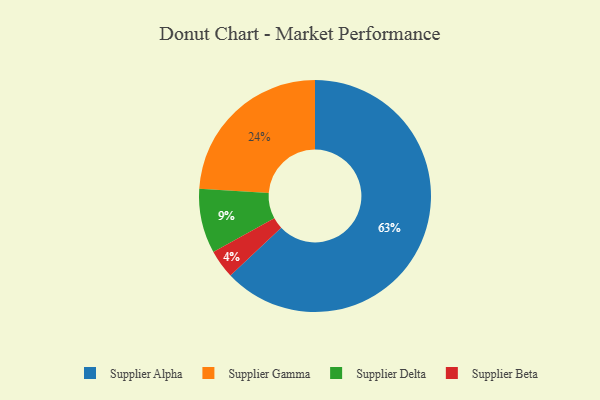
{"axis": {"x": "Category", "y": "Percentage"}, "legend": ["Supplier Alpha", "Supplier Beta", "Supplier Delta", "Supplier Gamma"], "data": [{"x": "Supplier Gamma", "y": 24, "type": "Supplier Gamma"}, {"x": "Supplier Delta", "y": 9, "type": "Supplier Delta"}, {"x": "Supplier Alpha", "y": 63, "type": "Supplier Alpha"}, {"x": "Supplier Beta", "y": 4, "type": "Supplier Beta"}]}